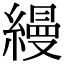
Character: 縵